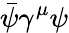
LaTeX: {\bar{\psi}}\gamma^{\mu}\psi